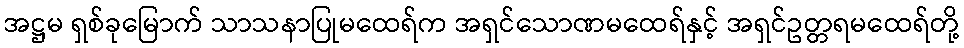
အဋ္ဌမ ရှစ်ခုမြောက် သာသနာပြုမထေရ်က အရှင်သောဏမထေရ်နှင့် အရှင်ဥတ္တရမထေရ်တို့